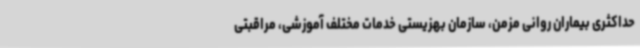
حداکثری بیماران روانی مزمن، سازمان بهزیستی خدمات مختلف آموزشی، مراقبتی